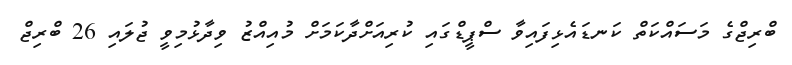
ބްރިޖްގެ މަސައްކަތް ކަނޑައެޅިފައިވާ ސްޕީޑްގައި ކުރިއަށްދާކަމަށް މުއިއްޒު ވިދާޅުމިވީ ޖުލައި 26 ބްރިޖް